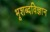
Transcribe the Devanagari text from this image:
भूशब्दविज्ञान